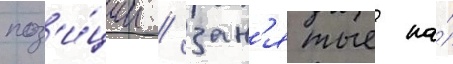
поз'и́ции / зан'ятые на́